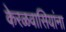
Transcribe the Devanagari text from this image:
केरळवासियांना